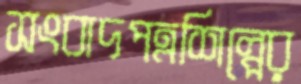
সংবাদপত্রশিল্পের